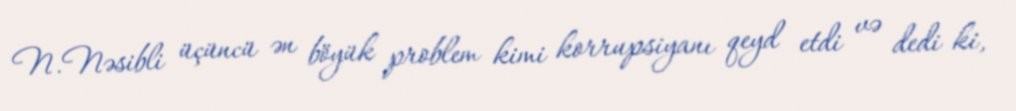
N.Nəsibli üçüncü ən böyük problem kimi korrupsiyanı qeyd etdi və dedi ki,